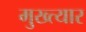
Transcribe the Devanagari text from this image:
मुख्त्यार